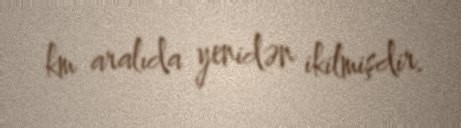
km aralıda yenidən ikilmişdir.